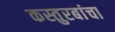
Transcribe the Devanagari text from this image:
कस्तुरबांचा